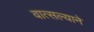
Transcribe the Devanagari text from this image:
वात्सल्याने